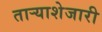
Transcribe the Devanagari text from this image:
ताऱ्याशेजारी